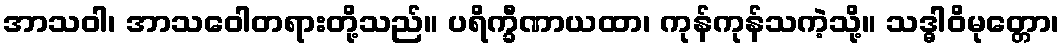
အာသဝါ၊ အာသဝေါတရားတို့သည်။ ပရိက္ခီဏာယထာ၊ ကုန်ကုန်သကဲ့သို့။ သဒ္ဓါဝိမုတ္တော၊